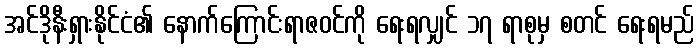
အင်ဒိုနီးရှားနိုင်ငံ၏ နောက်ကြောင်းရာဇဝင်ကို ရေးရလျှင် ၁၇ ရာစုမှ စတင် ရေးရမည်